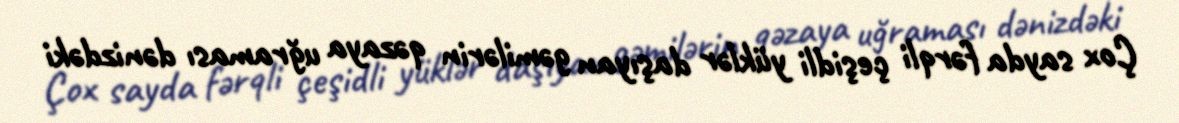
Çox sayda fərqli çeşidli yüklər daşıyan gəmilərin qəzaya uğraması dənizdəki